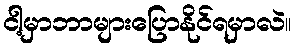
ငါ့မှာဘာများပြောနိုင်ရမှာလဲ။